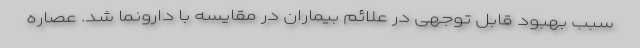
سبب بهبود قابل توجهی در علائم بیماران در مقایسه با دارونما شد. عصاره